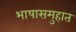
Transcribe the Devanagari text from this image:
भाषासमुहात